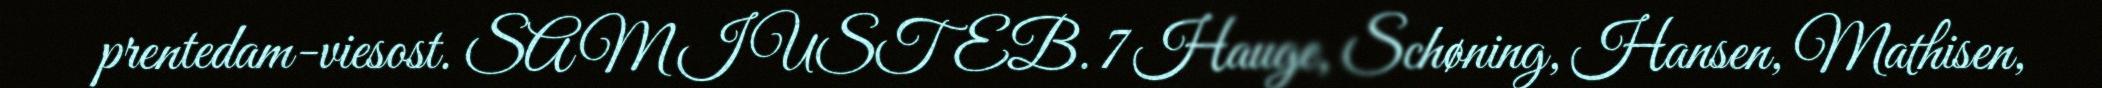
prentedam-viesost. SAM I USTEB. 7 Hauge, Schøning, Hansen, Mathisen,